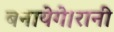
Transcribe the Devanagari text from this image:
बनायेगे।रानी